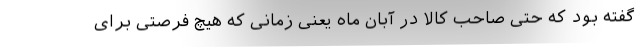
گفته بود که حتی صاحب کالا در آبان ماه یعنی زمانی که هیچ فرصتی برای